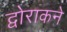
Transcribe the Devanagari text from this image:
द्वोराकने